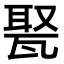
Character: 𤭡